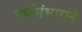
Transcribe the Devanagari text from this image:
पर्णसंभाराने